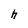
Character: h